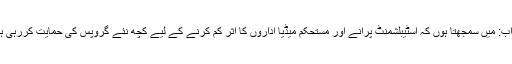
جواب: میں سمجھتا ہوں کہ اسٹیبلشمنٹ پرانے اور مستحکم میڈیا اداروں کا اثر کم کرنے کے لیے کچھ نئے گروپس کی حمایت کررہی ہے۔